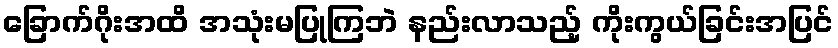
ခြောက်ဂိုးအထိ အသုံးမပြုကြဘဲ နည်းလာသည့် ကိုးကွယ်ခြင်းအပြင်